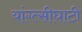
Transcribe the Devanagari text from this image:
यांग्त्सीघाटी